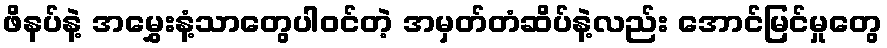
ဖိနပ်နဲ့ အမွှေးနံ့သာတွေပါဝင်တဲ့ အမှတ်တံဆိပ်နဲ့လည်း အောင်မြင်မှုတွေ